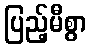
ပြည့်မီစွာ